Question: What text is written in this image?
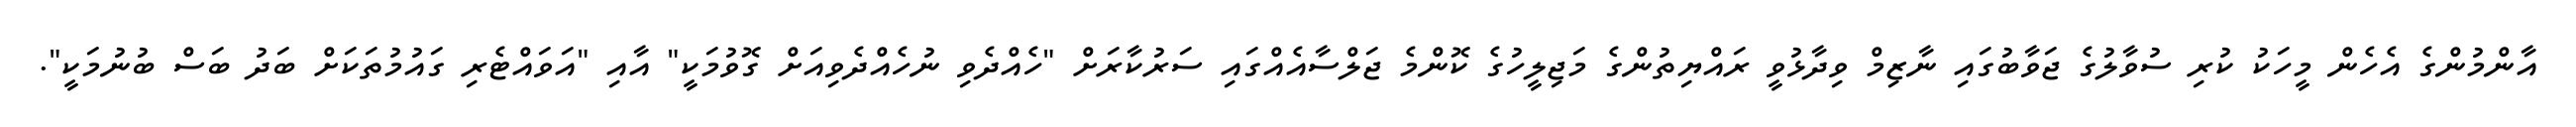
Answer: އާންމުންގެ އެހެން މީހަކު ކުރި ސުވާލުގެ ޖަވާބުގައި ނާޒިމް ވިދާޅުވީ ރައްޔިތުންގެ މަޖިލީހުގެ ކޮންމެ ޖަލްސާއެއްގައި ސަރުކާރަށް "ހެއްދެވި ނުހެއްދެވިއަށް ގޮވުމަކީ" އާއި "އަވައްޓެރި ގައުމުތަކަށް ބަދު ބަސް ބުނުމަކީ".